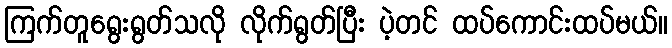
ကြက်တူရွေးရွတ်သလို လိုက်ရွတ်ပြီး ပဲ့တင် ထပ်ကောင်းထပ်မယ်။